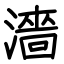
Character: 濇